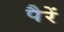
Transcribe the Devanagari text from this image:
पैरें